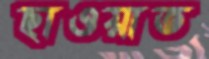
ছাওয়াত